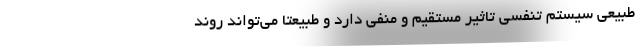
طبیعی سیستم تنفسی تاثیر مستقیم و منفی دارد و طبیعتا می‌تواند روند